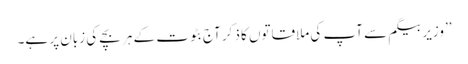
’’وزیر بیگم سے آپ کی ملاقاتوں کا ذکر آج بٹوت کے ہر بچے کی زبان پر ہے۔